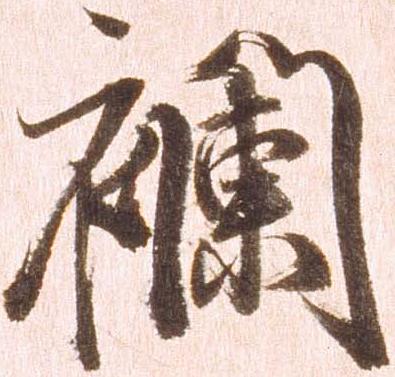
襴